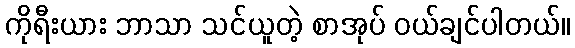
ကိုရီးယား ဘာသာ သင်ယူတဲ့ စာအုပ် ဝယ်ချင်ပါတယ်။